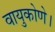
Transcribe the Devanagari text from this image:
वायुकोणे।